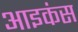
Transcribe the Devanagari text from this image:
आइकंस